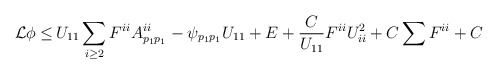
\begin{align*}\begin{aligned}\mathcal{L} \phi \leq \,& U_{11} \sum_{i \geq 2} F^{ii} A^{ii}_{p_1 p_1} - \psi_{p_{1} p_{1}} U_{11} + E + \frac{C}{U_{11}} F^{ii} U_{ii}^2 + C \sum F^{ii} + C\end{aligned}\end{align*}